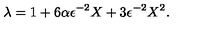
\lambda = 1 + 6 \alpha \epsilon ^ { - 2 } X + 3 \epsilon ^ { - 2 } X ^ { 2 } .